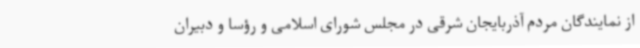
از نمایندگان مردم آذربایجان شرقی در مجلس شورای اسلامی و رؤسا و دبیران